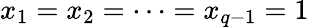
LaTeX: x_{1}=x_{2}=\dots=x_{q-1}=1